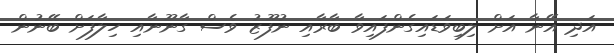
އަދި އޭނާ އަށް ލިބިވަޑައިގެންފައިވާ ބާރާއި ނުފޫޒު ވެސް ގާނޫނާއި ހިލާފަށް ބޭނުން